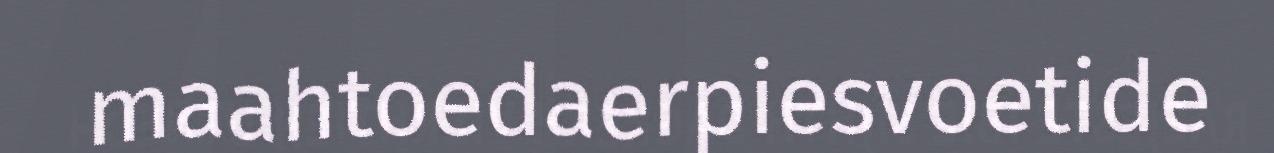
maahtoedaerpiesvoetide